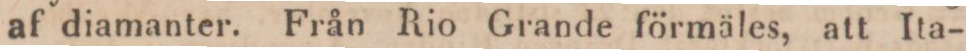
af diamanter. Från Rio Grande förmäles, att Ita-